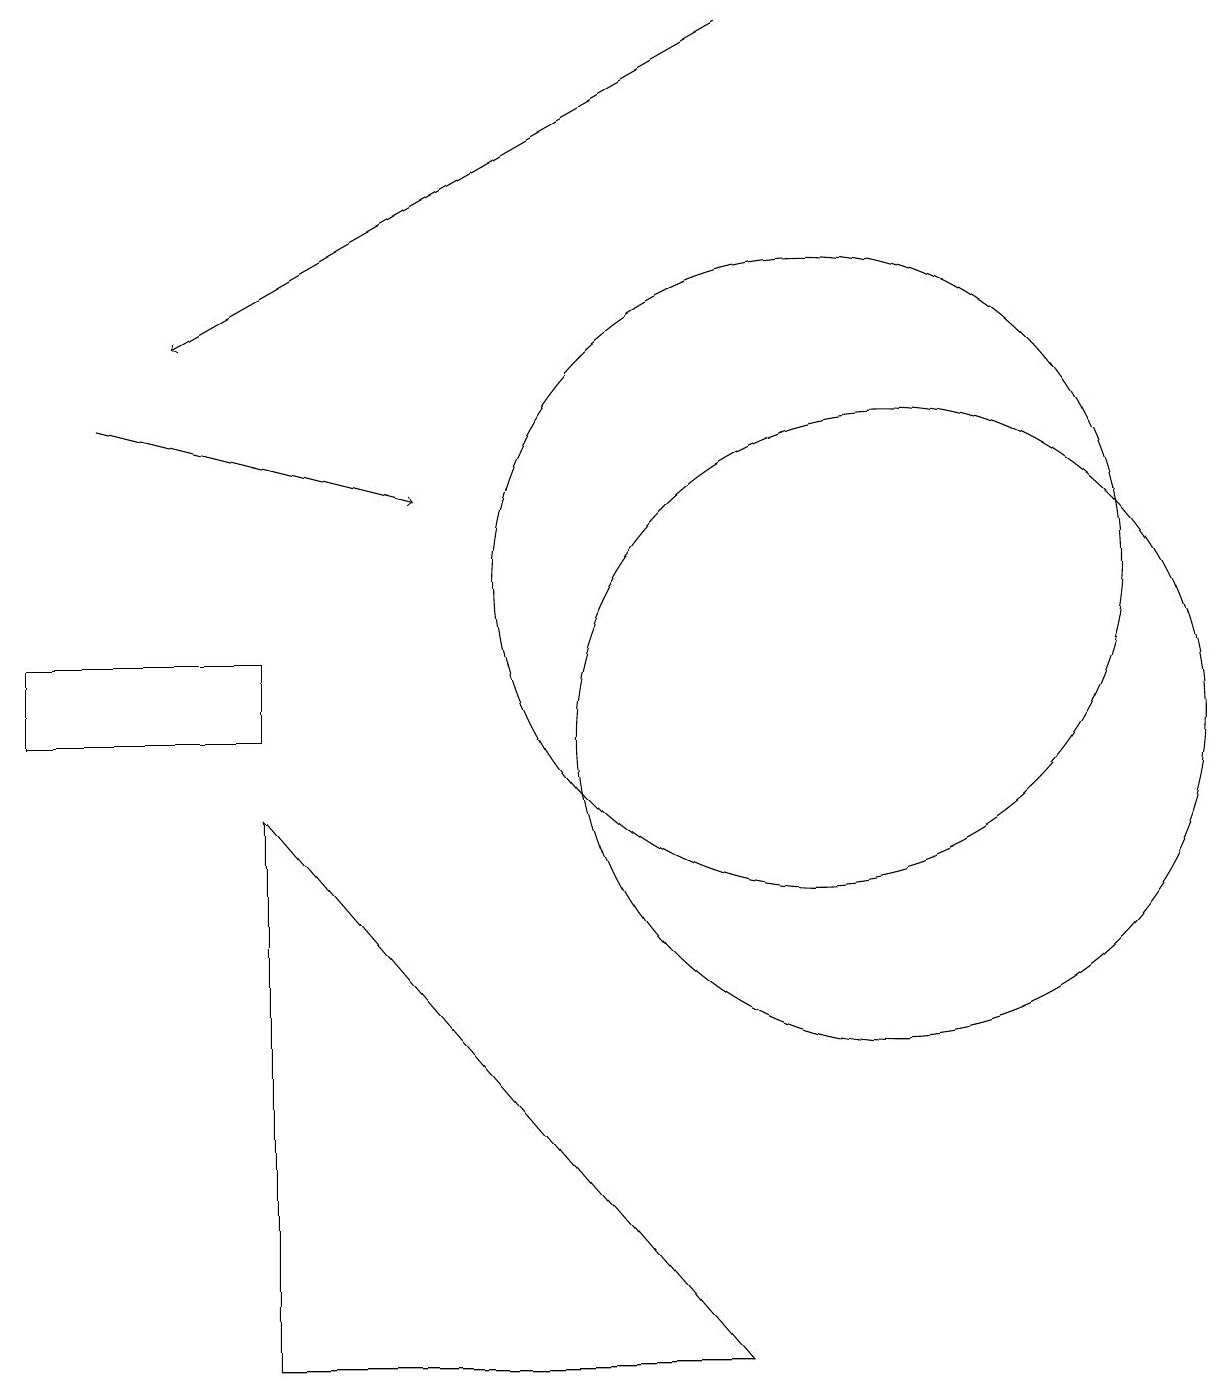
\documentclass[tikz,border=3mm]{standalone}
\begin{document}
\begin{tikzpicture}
\draw (9,2) -- (3,2) -- (3,9) -- cycle;
\draw (3,10) rectangle (0,11);
\draw (11,10) circle (4);
\draw[->] (9,19) -- (2,15);
\draw (10,12) circle (4);
\draw[->] (1,14) -- (5,13);
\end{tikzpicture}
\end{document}